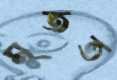
মুতত